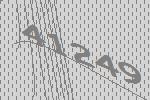
41249